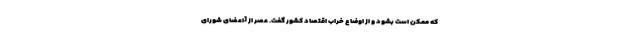
كه ممكن است بشود و از اوضاع خراب اقتصاد كشور گفت. عصر از [اعضای شورای